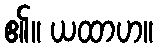
၏။ ယထာဟ။